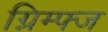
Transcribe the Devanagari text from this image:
ग्निम्फ्ज